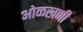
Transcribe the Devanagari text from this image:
ओळखणी